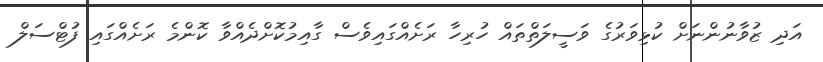
އަދި ޒުވާނުންނަށް ކުޅިވަރުގެ ވަސީލަތްތައް ހުރިހާ ރަށެއްގައިވެސް ގާއިމުކޮށްދެއްވާ ކޮންމެ ރަށެއްގައި ފުޓްސަލް